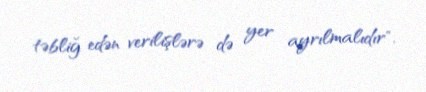
təbliğ edən verilişlərə də yer ayrılmalıdır".